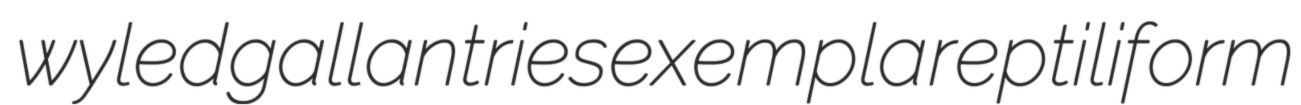
wyled gallantries exempla reptiliform